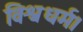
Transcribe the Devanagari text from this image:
विश्वधर्म।